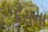
દસના